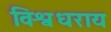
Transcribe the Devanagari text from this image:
विश्वधराय